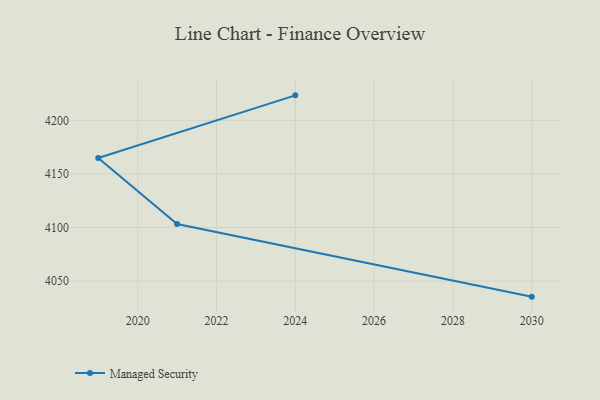
{"axis": {"x": "Year", "y": "Temperature (°C)"}, "legend": ["Managed Security"], "data": [{"x": "2024", "y": 4223.3, "type": "Managed Security"}, {"x": "2019", "y": 4164.9, "type": "Managed Security"}, {"x": "2021", "y": 4103.2, "type": "Managed Security"}, {"x": "2030", "y": 4035.5, "type": "Managed Security"}]}